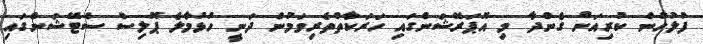
ފުލުހުން ކުރިއަށް ގެންދާ މި އޮޕަރޭޝަންގައި ހަރަކާތްތެރިވަމުން ދަނީ ހުޅުމާލެ ޕޮލިސް ސްޓޭޝަންގައި